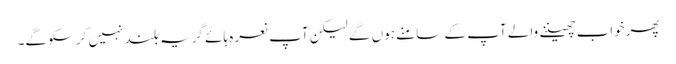
پھرخواب چھیننے والے آپ کے سامنے ہوں گے لیکن آپ نعرہ ہائے گریہ بلند نہیں کرسکو گے۔